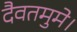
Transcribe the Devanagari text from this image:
दैवतमुमे।